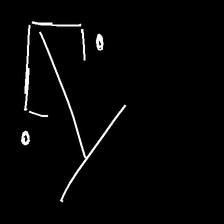
Glyph: earth